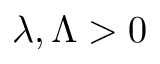
\lambda , \Lambda > 0